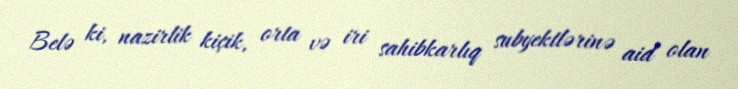
Belə ki, nazirlik kiçik, orta və iri sahibkarlıq subyektlərinə aid olan